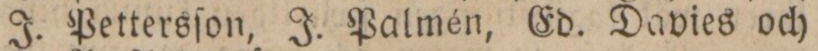
J. Pettersſon, J. Palmén, Ed. Davies och